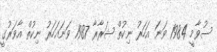
ސުވާމީ 1984 ވަނަ އަހަރު ނިކުތް ޝަރާރާ 1987 ވަނައަހަރު ނިކުތް އާވަރުގީ